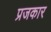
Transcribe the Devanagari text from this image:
प्रजकार